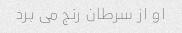
او از سرطان رنج می برد